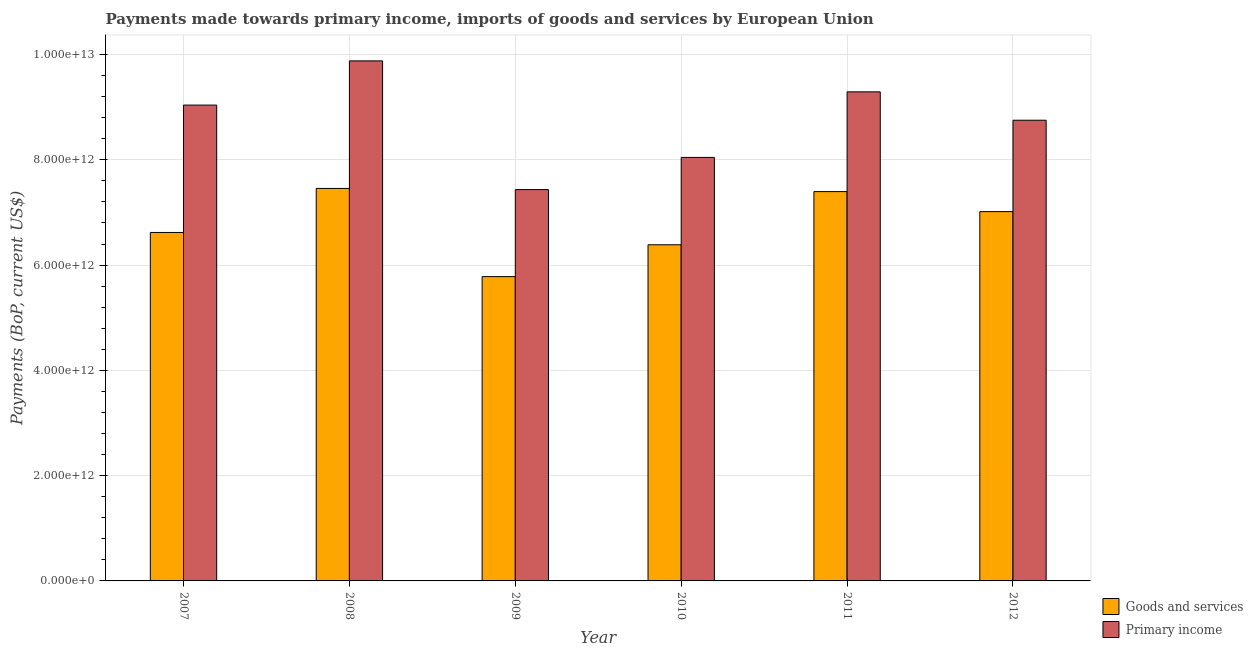
| Year | Goods and services | Primary income |
 | --- | --- | --- |
 | 2007 | 6.62e+12 | 9.04e+12 |
 | 2008 | 7.46e+12 | 9.88e+12 |
 | 2009 | 5.78e+12 | 7.43e+12 |
 | 2010 | 6.39e+12 | 8.05e+12 |
 | 2011 | 7.4e+12 | 9.29e+12 |
 | 2012 | 7.02e+12 | 8.75e+12 |